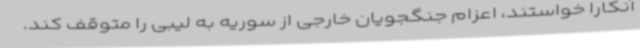
آنکارا خواستند، اعزام جنگجویان خارجی از سوریه به لیبی را متوقف کند.